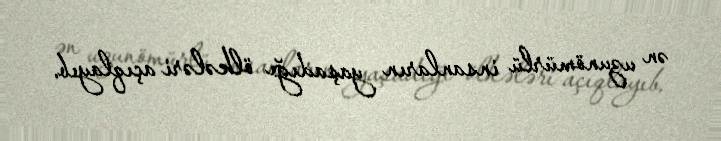
ən uzunömürlü insanların yaşadığı ölkələri açıqlayıb.